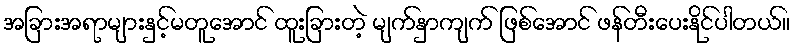
အခြားအရာများနှင့်မတူအောင် ထူးခြားတဲ့ မျက်နှာကျက် ဖြစ်အောင် ဖန်တီးပေးနိုင်ပါတယ်။